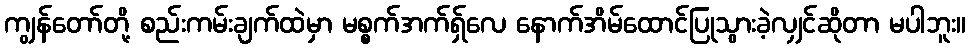
ကျွန်တော်တို့ စည်းကမ်းချက်ထဲမှာ မစ္စက်အက်ရှ်လေ နောက်အိမ်ထောင်ပြုသွားခဲ့လျှင်ဆိုတာ မပါဘူး။